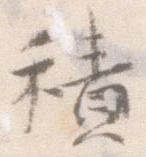
積